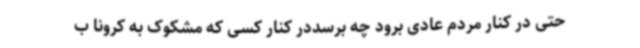
حتی در کنار مردم عادی برود چه برسددر کنار کسی که مشکوک به کرونا ب